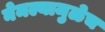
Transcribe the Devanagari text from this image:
नेमल्यामुळेच